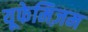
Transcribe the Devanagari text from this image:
यूफेमिज़म